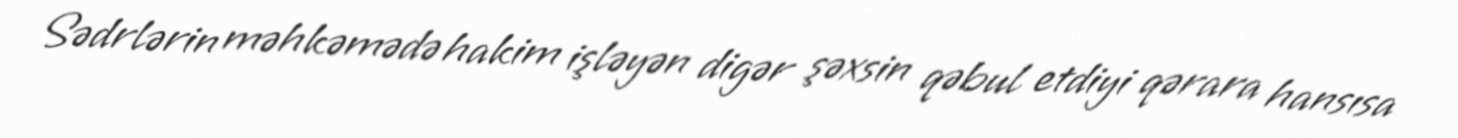
Sədrlərin məhkəmədə hakim işləyən digər şəxsin qəbul etdiyi qərara hansısa